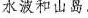
水波和山岛。